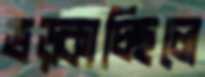
ভড়্‌কাচ্ছিলে